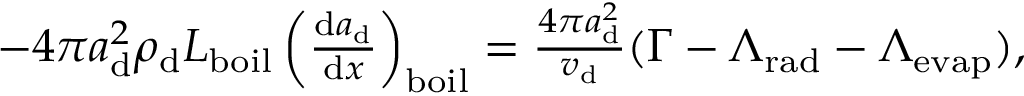
\begin{array} { r } { - 4 \pi a _ { \mathrm { d } } ^ { 2 } \rho _ { \mathrm { d } } L _ { \mathrm { b o i l } } \left( \frac { \mathrm { d } a _ { \mathrm { d } } } { \mathrm { d } x } \right) _ { \mathrm { b o i l } } = \frac { 4 \pi a _ { \mathrm { d } } ^ { 2 } } { v _ { \mathrm { d } } } ( \Gamma - \Lambda _ { \mathrm { r a d } } - \Lambda _ { \mathrm { e v a p } } ) , } \end{array}